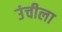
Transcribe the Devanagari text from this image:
उंचीला